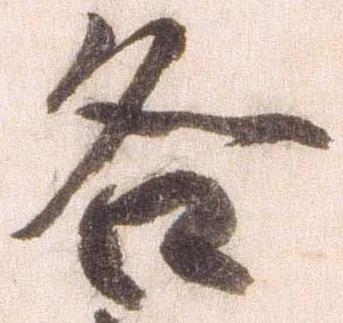
各